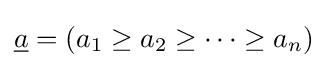
{\underline {a}}=(a_{1}\geq a_{2}\geq \cdots \geq a_{n})